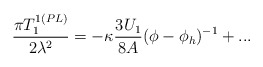
\begin{align*}\frac{\pi T_{1}^{1(PL)}}{2\lambda ^{2}}=-\kappa \frac{3U_{1}}{8A}(\phi -\phi_{h})^{-1}+... \end{align*}